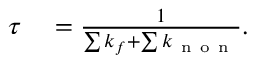
\begin{array} { r l } { \tau } & { { } = \frac { 1 } { \sum k _ { f } + \sum k _ { \mathrm { ~ n ~ o ~ n ~ } } } . } \end{array}